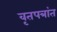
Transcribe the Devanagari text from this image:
वृतपत्रांत